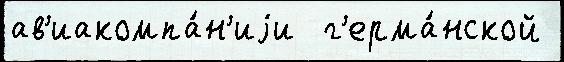
ав'иакомпа́н'иjи  г'ерма́нской